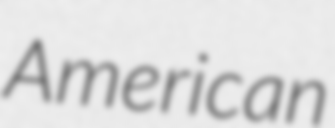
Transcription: American